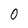
Character: O